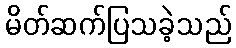
မိတ်ဆက်ပြသခဲ့သည်